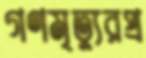
গণমৃত্যুরপ্র